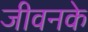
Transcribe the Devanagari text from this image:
जीवनके